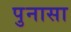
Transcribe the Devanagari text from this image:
पुनासा